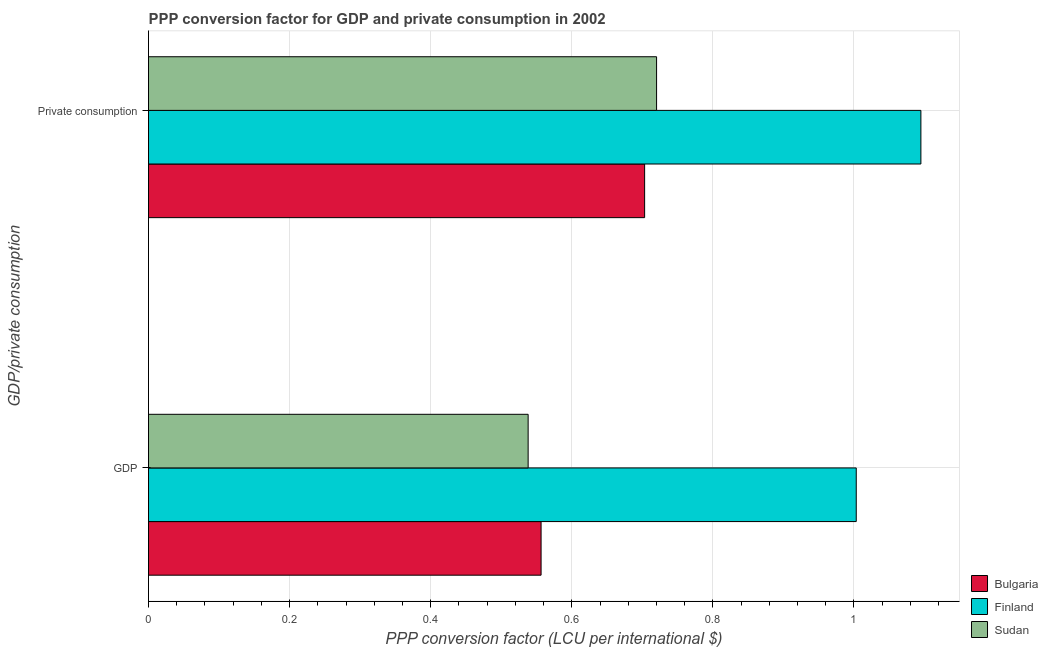
| GDP/private consumption | Bulgaria | Finland | Sudan |
 | --- | --- | --- | --- |
 | GDP | 0.556 | 1 | 0.538 |
 |  Private consumption | 0.703 | 1.09 | 0.72 |